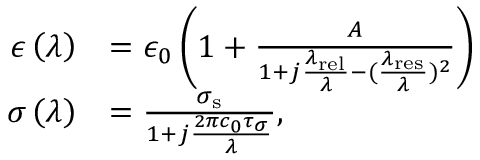
\begin{array} { r l } { \epsilon \left( \lambda \right) } & { = \epsilon _ { 0 } \left( 1 + \frac { A } { 1 + j \frac { \lambda _ { \mathrm { { r e l } } } } { \lambda } - ( \frac { \lambda _ { \mathrm { r e s } } } { \lambda } ) ^ { 2 } } \right) } \\ { \sigma \left( \lambda \right) } & { = \frac { \sigma _ { \mathrm { { s } } } } { 1 + j \frac { 2 \pi c _ { 0 } \tau _ { \sigma } } { \lambda } } , } \end{array}